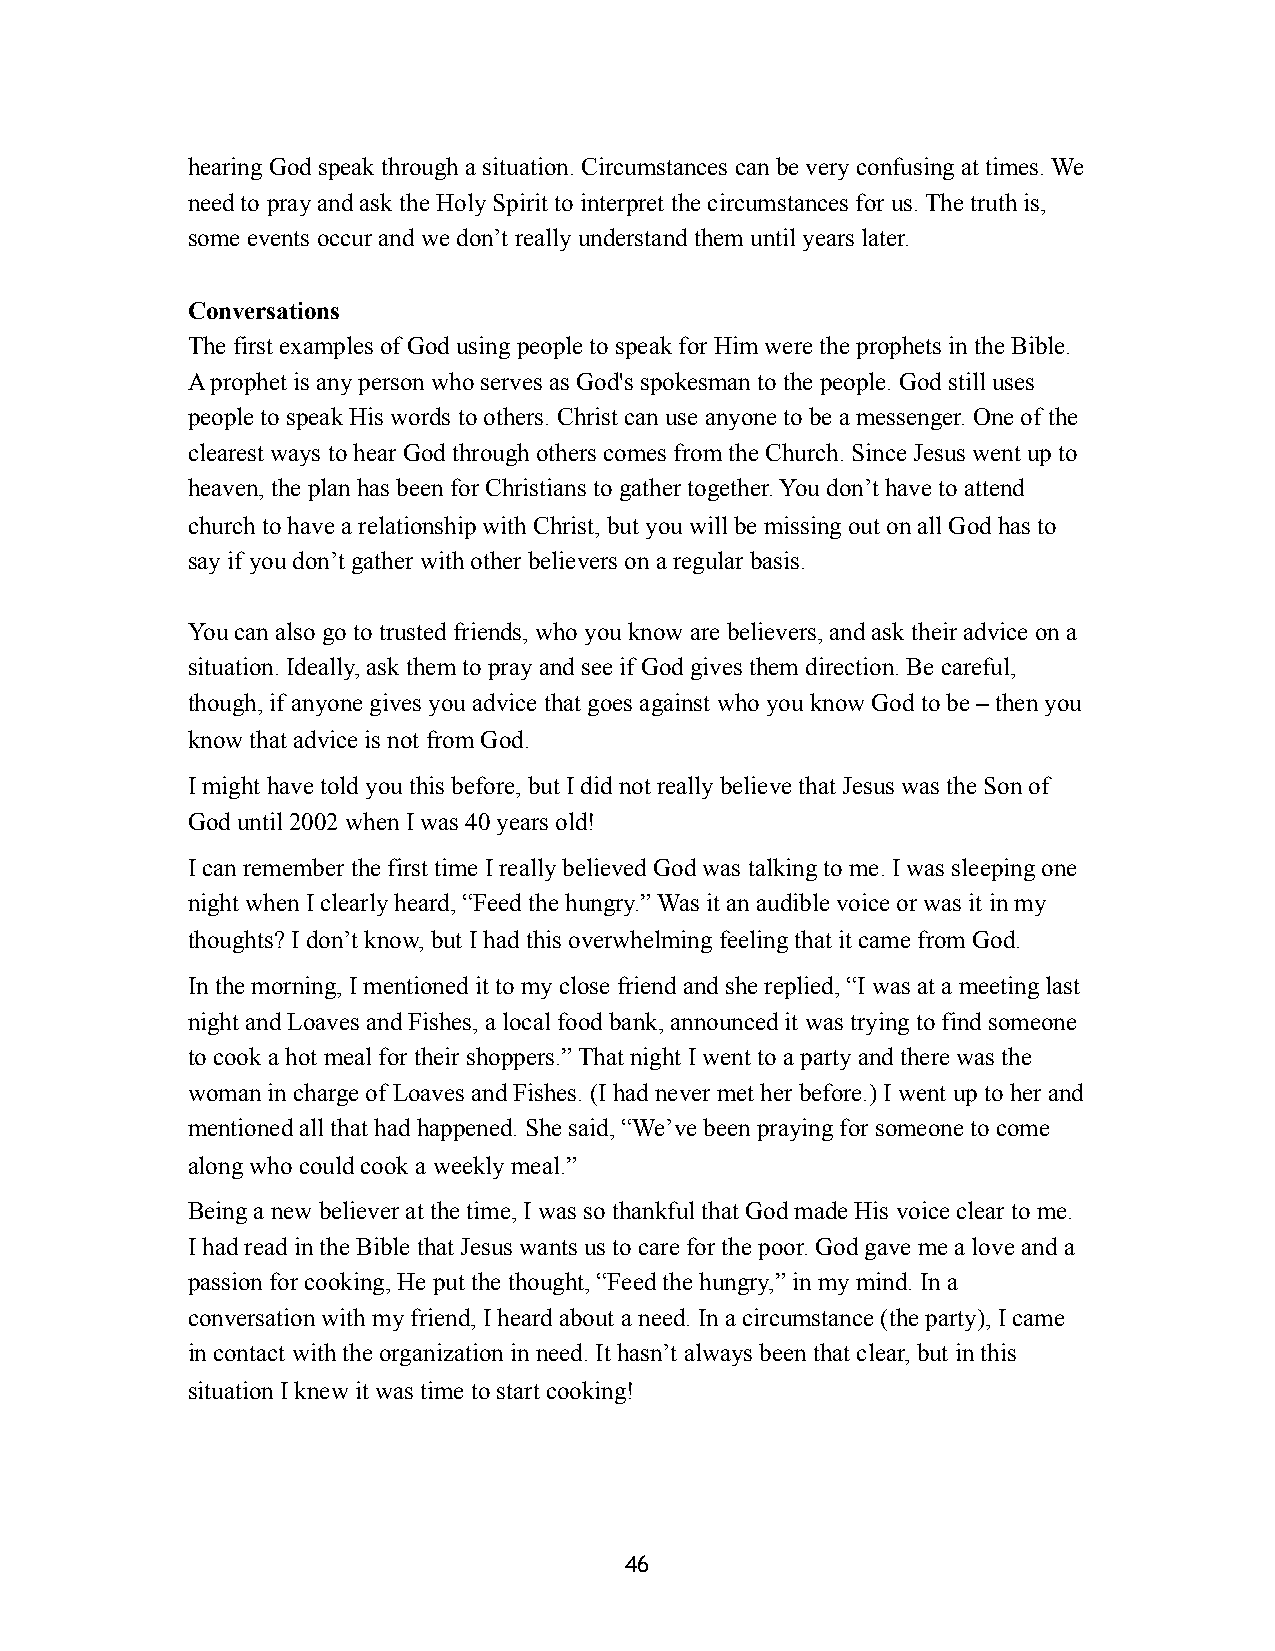
hearing God speak through a situation. Circumstances can be very confusing at times. We
 need to pray and ask the Holy Spirit to interpret the circumstances for us. The truth is,
 some events occur and we don’t really understand them until years later.
 Conversations
 The first examples of God using people to speak for Him were the prophets in the Bible.
 A prophet is any person who serves as God's spokesman to the people. God still uses
 people to speak His words to others. Christ can use anyone to be a messenger. One of the
 clearest ways to hear God through others comes from the Church. Since Jesus went up to
 heaven, the plan has been for Christians to gather together. You don’t have to attend
 church to have a relationship with Christ, but you will be missing out on all God has to
 say if you don’t gather with other believers on a regular basis.
 You can also go to trusted friends, who you know are believers, and ask their advice on a
 situation. Ideally, ask them to pray and see if God gives them direction. Be careful,
 though, if anyone gives you advice that goes against who you know God to be – then you
 know that advice is not from God.
 I might have told you this before, but I did not really believe that Jesus was the Son of
 God until 2002 when I was 40 years old!
 I can remember the first time I really believed God was talking to me. I was sleeping one
 night when I clearly heard, “Feed the hungry.” Was it an audible voice or was it in my
 thoughts? I don’t know, but I had this overwhelming feeling that it came from God.
 In the morning, I mentioned it to my close friend and she replied, “I was at a meeting last
 night and Loaves and Fishes, a local food bank, announced it was trying to find someone
 to cook a hot meal for their shoppers.” That night I went to a party and there was the
 woman in charge of Loaves and Fishes. (I had never met her before.) I went up to her and
 mentioned all that had happened. She said, “We’ve been praying for someone to come
 along who could cook a weekly meal.”
 Being a new believer at the time, I was so thankful that God made His voice clear to me.
 I had read in the Bible that Jesus wants us to care for the poor. God gave me a love and a
 passion for cooking, He put the thought, “Feed the hungry,” in my mind. In a
 conversation with my friend, I heard about a need. In a circumstance (the party), I came
 in contact with the organization in need. It hasn’t always been that clear, but in this
 situation I knew it was time to start cooking!
 46